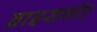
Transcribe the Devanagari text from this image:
ब्राइसगॉउ